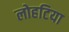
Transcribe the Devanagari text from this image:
लोहटिया